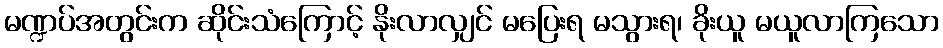
မဏ္ဍပ်အတွင်းက ဆိုင်းသံကြောင့် နိုးလာလျှင် မပြေးရ မသွားရ၊ ခိုးယူ မယူလာကြသော